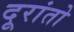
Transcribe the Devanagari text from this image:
दूरांतो